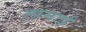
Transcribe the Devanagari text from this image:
लानाई